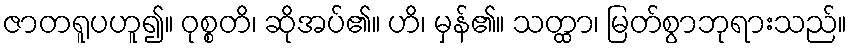
ဇာတရူပဟူ၍။ ဝုစ္စတိ၊ ဆိုအပ်၏။ ဟိ၊ မှန်၏။ သတ္ထာ၊ မြတ်စွာဘုရားသည်။